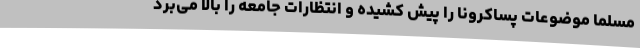
مسلماً موضوعات پساکرونا را پیش کشیده و انتظارات جامعه را بالا می‌برد